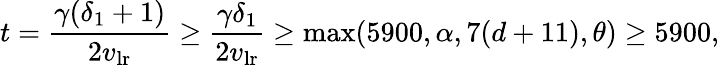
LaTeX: t=\frac{\gamma(\delta_{1}+1)}{2v_{\mathrm{lr}}}\geq\frac{\gamma\delta_{1}}{2v_{\mathrm{lr}}}\geq\operatorname*{max}(5900,\alpha,7(d+11),\theta)\geq 5900,